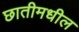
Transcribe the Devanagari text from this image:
छातीमधील